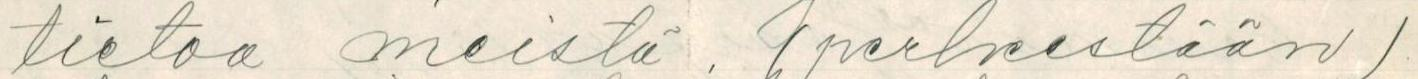
tietaa meistä. (perheestään).